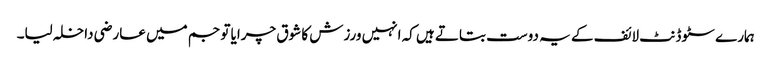
ہمارے سٹوڈنٹ لائف کے یہ دوست بتاتے ہیں کہ انہیں ورزش کا شوق چرایا تو جم میں عارضی داخلہ لیا۔